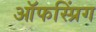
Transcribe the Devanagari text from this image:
ऑफस्प्रिंग